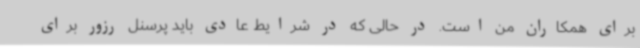
برای همکاران من است. در حالی که در شرایط عادی باید پرسنل رزور برای